Assam Mental Hospital (Tezpur, India) - 1933-1948
Year: 1933
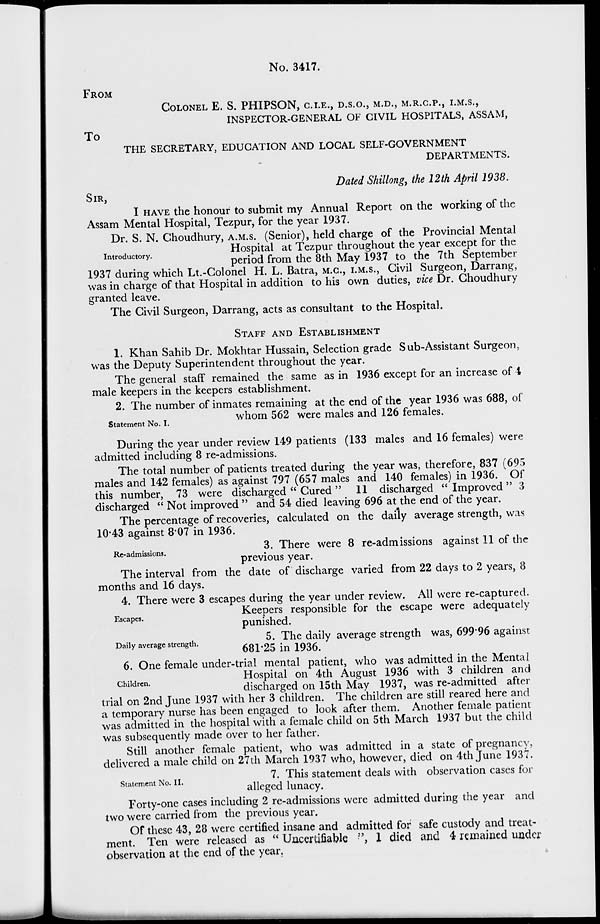
No. 3417.
FROM
COLONEL E. S. PHIPSON, C.I.E., D.S.O., M.D., M.R.C.P., I.M.S.,
INSPECTOR-GENERAL OF CIVIL HOSPITALS, ASSAM,
To
THE SECRETARY, EDUCATION AND LOCAL SELF-GOVERNMENT
DEPARTMENTS.
Dated Shillong, the 12th April 1938.
SIR,
I HAVE the honour to submit my Annual Report on the working of the
Assam Mental Hospital, Tezpur, for the year 1937.
Introductory.
Dr. S. N. Choudhury, A.M.S. (Senior), held charge of the Provincial Mental
Hospital at Tezpur throughout the year except for the
period from the 8th May 1937 to the 7th September
1937 during which Lt.-Colonel H. L. Batra, M.C., I.M.S., Civil Surgeon, Darrang,
was in charge of that Hospital in addition to his own duties, vice Dr. Choudhury
granted leave.
The Civil Surgeon, Darrang, acts as consultant to the Hospital.
STAFF AND ESTABLISHMENT
1. Khan Sahib Dr. Mokhtar Hussain, Selection grade Sub-Assistant Surgeon,
was the Deputy Superintendent throughout the year.
The general staff remained the same as in 1936 except for an increase of 4
male keepers in the keepers establishment.
Statement No. I.
2. The number of inmates remaining at the end of the year 1936 was 688, of
whom 562 were males and 126 females.
During the year under review 149 patients (133 males and 16 females) were
admitted including 8 re-admissions.
The total number of patients treated during the year was, therefore, 837 (695
males and 142 females) as against 797 (657 males and 140 females) in 1936. Of
this number, 73 were discharged " Cured " 11 discharged " Improved " 3
discharged " Not improved " and 54 died leaving 696 at the end of the year.
The percentage of recoveries, calculated on the daily average strength, was
10.43 against 8.07 in 1936.
Re-admissions.
3. There were 8 re-admissions against 11 of the
previous year.
The interval from the date of discharge varied from 22 days to 2 years, 8
months and 16 days.
Escapes.
4. There were 3 escapes during the year under review. All were re-captured.
Keepers responsible for the escape were adequately
punished.
Daily average strength.
5. The daily average strength was, 699.96 against
681.25 in 1936.
Children.
6. One female under-trial mental patient, who was admitted in the Mental
Hospital on 4th August 1936 with 3 children and
discharged on 15th May 1937, was re-admitted after
trial on 2nd June 1937 with her 3 children. The children are still reared here and
a temporary nurse has been engaged to look after them. Another female patient
was admitted in the hospital with a female child on 5th March 1937 but the child
was subsequently made over to her father.
Still another female patient, who was admitted in a state of pregnancy,
delivered a male child on 27th March 1937 who, however, died on 4th June 1937.
Statement No. II.
7. This statement deals with observation cases for
alleged lunacy.
Forty-one cases including 2 re-admissions were admitted during the year and
two were carried from the previous year.
Of these 43, 28 were certified insane and admitted for safe custody and treat-
ment. Ten were released as "Uncertifiable", 1 died and 4 remained under
observation at the end of the year.